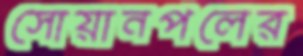
সোয়ানপলের